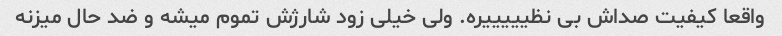
واقعا کیفیت صداش بی نظیییییره. ولی خیلی زود شارژش تموم میشه و ضد حال میزنه